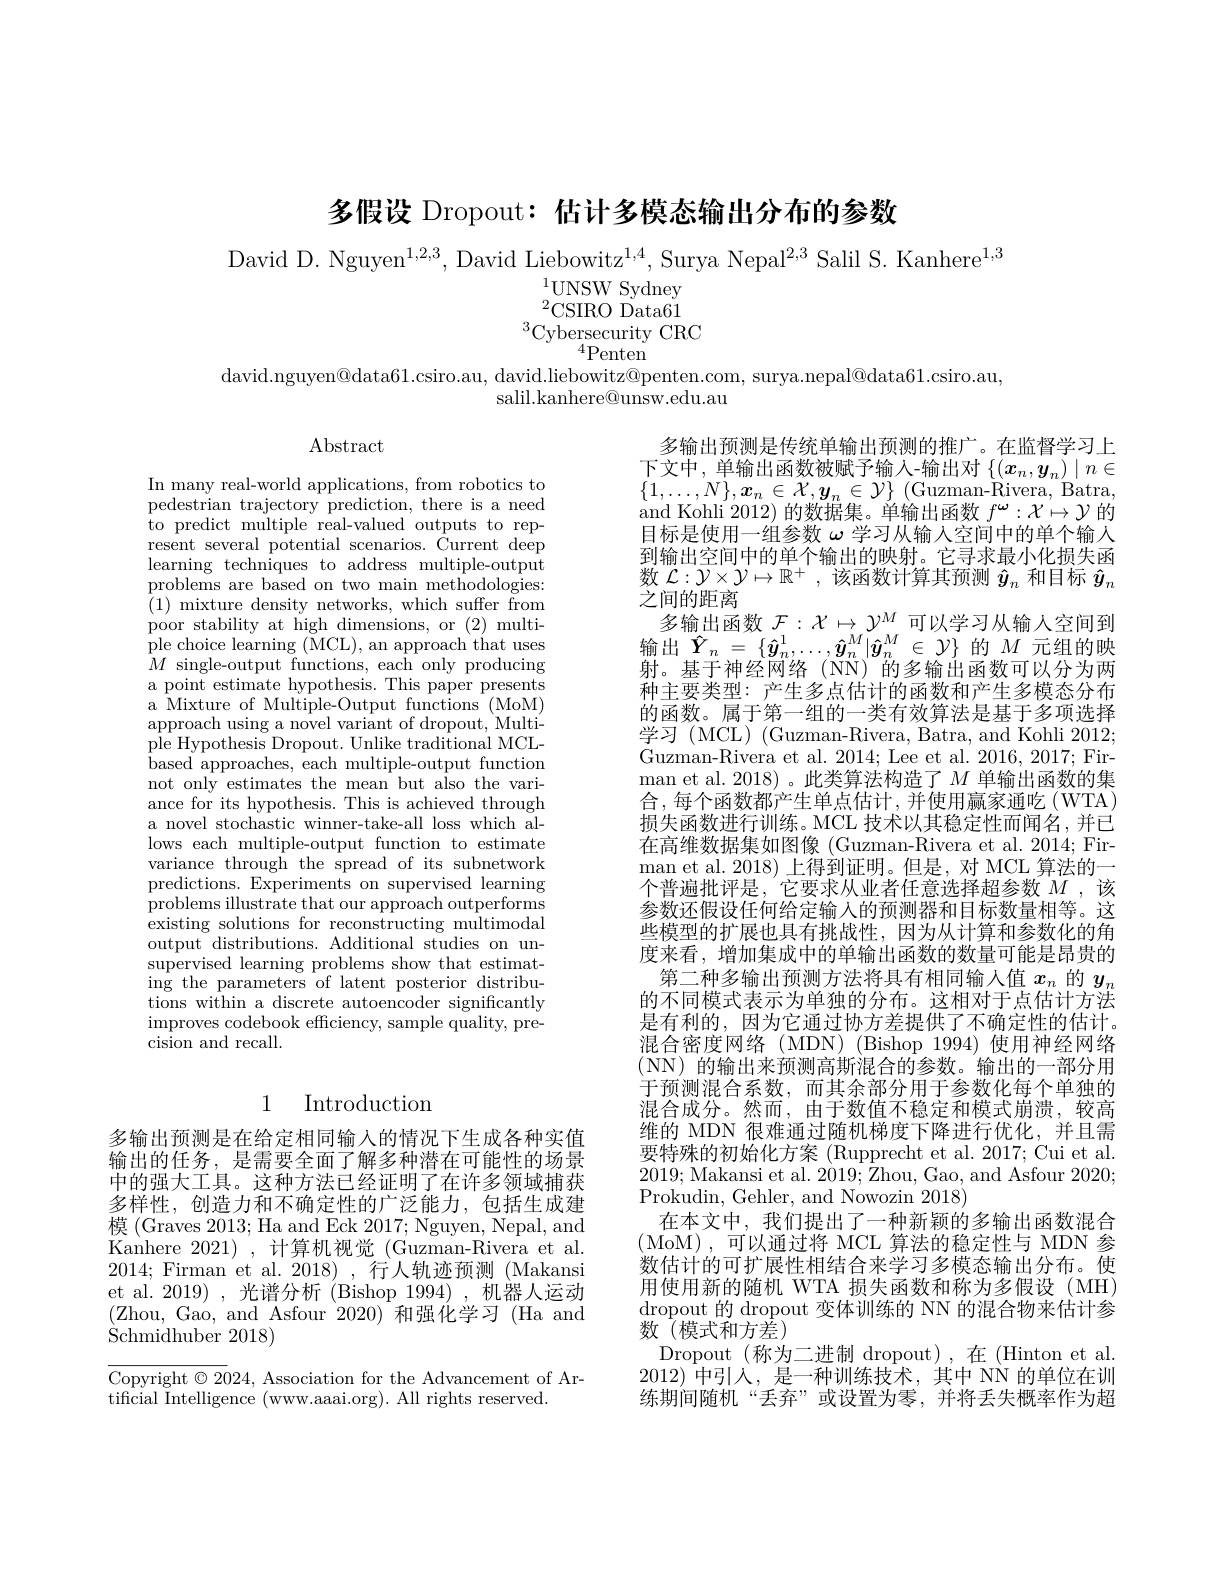
多假设 Dropout: 估计多模态输出分布的参数

David D. Nguyen$^1,2,3$, David Liebowitz$^1,4$, Surya Nepal$^{2,3}$ Salil S. Kanhere$^1,3$
$^{1}$UNSW Sydney ${}^{2}$CSIRO Data61
$^3$Cybersecurity CRC
${}^4$Penten
david.nguyen@data61.csiro.au, david.liebowitz@penten.com, surya.nepal@data61.csiro.au,
salil.kanhere@unsw.edu.au

$\operatorname{Abstract}$

In many real-world applications, from robotics to pedestrian trajectory prediction, there is a need ${\mathrm{to~predict~multiple~real-valued~outputs~to~rep-}}$ resent several potential scenarios. Current deep learning techniques to address multiple-output problems are based on two main methodologies: (1) mixture density networks, which suffer from poor stability at high dimensions, or (2) multiple choice learning (MCL), an approach that uses $\hat{M}$ single-output functions, each only producing a point estimate hypothesis. This paper presents a Mixture of Multiple-Output functions (MoM) approach using a novel variant of dropout, Multiple Hypothesis Dropout. Unlike traditional MCL- ${\mathrm{based~approaches,~each~multiple-output~function}}$ not only estimates the mean but also the variance for its hypothesis. This is achieved through a novel stochastic winner-take-all loss which allows each multiple-output function to estimate variance through the spread of its subnetwork predictions. Experiments on supervised learning problems illustrate that our approach outperforms existing solutions for reconstructing multimodal output distributions. Additional studies on unsupervised learning problems show that estimating the parameters of latent posterior distributions within a discrete autoencoder significantly $\begin{array}{c}\mathrm{improves~codebook~efficiency,~sample~quality,~pre-}\\\mathrm{improves~codebook~efficiency,~sample~quality,~pre-}\end{array}$ cision and recall.

多输出预测是传统单输出预测的推广。在监督学习上下文中，单输出函数被赋予输入-输出对$\left\{(\boldsymbol{x}_n,\boldsymbol{y}_n)\mid n\in\mathbb{R}\right\}$ $\{1,\ldots,N\},\boldsymbol{x}_n\in\mathcal{X},\boldsymbol{y}_n\in\mathcal{Y}\}$ (Guzman-Rivera, Batra and Kohli 2012)的数据集。单输出函数$f^\omega:\mathcal{X}\mapsto\mathcal{Y}$的目标是使用一组参数$\omega$学习从输入空间中的单个输人到输出空间中的单个输出的映射。它寻求最小化损失函数$\mathcal{L}:\mathcal{Y}\times\mathcal{Y}\mapsto\mathbb{R}^+$,该函数计算其预测$\hat{y}_n$和目标$\hat{y}_n$ 之间的距离
多输出函数$\mathcal{F}:\mathcal{X}\mapsto\mathcal{Y}^M$可以学习从输入空间到输出$\hat{Y}_n=\{\hat{y}_n^1,\ldots,\hat{y}_n^M|\hat{y}_n^M\in\mathcal{Y}\}$的 的$M$元组的映射。基于神经网络(NN)的多输出函数可以分为两种主要类型：产生多点估计的函数和产生多模态分布的函数。属于第一组的一类有效算法是基于多项选择${\text{学习 (MCL) (Guzman-Rivera,Batra,andKohli2012;}}$ Guzman-Rivera et al. 2014; Lee et al. 2016, 2017; Firman et al. 2018)。此类算法构造了$M$ 单输出函数的集合，每个函数都产生单点估计，并使用赢家通吃(WTA) 损失函数进行训练。MCL 技术以其稳定性而闻名，并已在高维数据集如图像 (Guzman-Rivera et al. 2014; Firman et al. 2018) 上得到证明。但是，对 MCL 算法的一个普遍批评是，它要求从业者任意选择超参数$M$ ,该参数还假设任何给定输入的预测器和目标数量相等。这些模型的扩展也具有挑战性，因为从计算和参数化的角度来看，增加集成中的单输出函数的数量可能是昂贵的第二种多输出预测方法将具有相同输入值$x_n$的$y_n$ 的不同模式表示为单独的分布。这相对于点估计方法是有利的，因为它通过协方差提供了不确定性的估计。混合密度网络(MDN)(Bishop 1994)使用神经网络(NN)的输出来预测高斯混合的参数。输出的一部分用于预测混合系数，而其余部分用于参数化每个单独的混合成分。然而，由于数值不稳定和模式崩溃，较高维的 MDN 很难通过随机梯度下降进行优化，并且需要特殊的初始化方案 (Rupprecht et al. 2017; Cui et al. 2019; Makansi et al. 2019; Zhou, Gao, and Asfour 2020; Prokudin, Gehler, and Nowozin 2018)
在本文中，我们提出了一种新颖的多输出函数混合(MoM),可以通过将 MCL 算法的稳定性与 MDN 参数估计的可扩展性相结合来学习多模态输出分布。使用使用新的随机 WTA 损失函数和称为多假设(MH) dropout 的 dropout 变体训练的 NN 的混合物来估计参数 (模式和方差)
Dropout (称为二进制 dropout),在(Hinton et al. 2012)中引人，是一种训练技术，其中 NN 的单位在训练期间随机“丢弃”或设置为零，并将丢失概率作为超

## 1 Introduction

多输出预测是在给定相同输入的情况下生成各种实值输出的任务，是需要全面了解多种潜在可能性的场景中的强大工具。这种方法已经证明了在许多领域捕获多样性，创造力和不确定性的广泛能力，包括生成建模 (Graves 2013; Ha and Eck 2017; Nguyen, Nepal, and Kanhere 2021) ,计算机视觉 (Guzman-Rivera et al. 2014; Firman et al. 2018),行人轨迹预测(Makansi et al. 2019), 光谱分析 (Bishop 1994), 机器人运动(Zhou, Gao, and Asfour 2020)和强化学习(Ha and $\mathop{\mathrm{Schmidhuber~2018}})$

Copyright $\odot2024$, Association for the Advancement of Ar-
tificial Intelligence (www.aaai.org). All rights reserved.